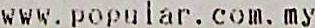
WWW.POPULAR. COM. MY